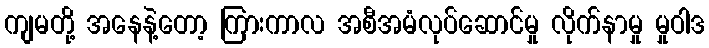
ကျမတို့ အနေနဲ့တော့ ကြားကာလ အစီအမံလုပ်ဆောင်မှု လိုက်နာမှု မှုဝါဒ